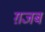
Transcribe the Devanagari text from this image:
ग़जब